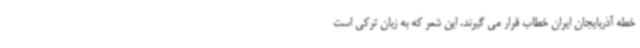
خطه آذربایجان ایران خطاب قرار می گیرند. این شعر که به زبان ترکی است